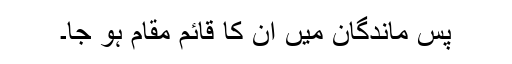
پس ماندگان میں ان کا قائم مقام ہو جا۔